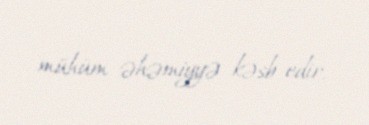
mühüm əhəmiyyə kəsb edir.